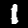
Label: 1